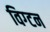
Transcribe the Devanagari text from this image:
विग्टन